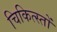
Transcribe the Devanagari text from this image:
चिकित्स्तों